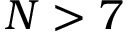
N > 7